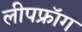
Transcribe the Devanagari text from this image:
लीपफ्रॉग